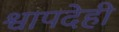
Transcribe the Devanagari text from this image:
श्वापदेही